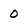
Character: 0